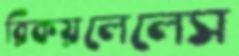
রিকয়লেলেস